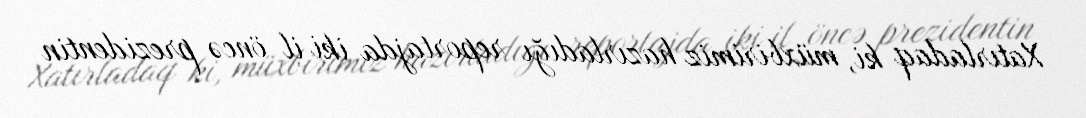
Xatırladaq ki, müxbirimiz hazırladığı reportajda iki il öncə prezidentin